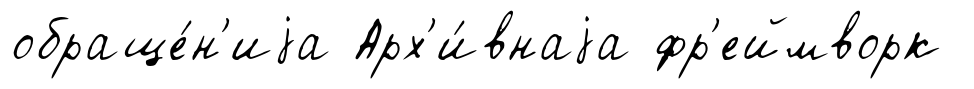
обраще́н'иjа Арх'и́внаjа фр'еймворк